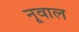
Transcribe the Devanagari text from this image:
नूवाल